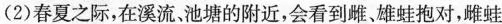
(2)春夏之际，在溪流，池塘的附近，会看到雌、雄蛙